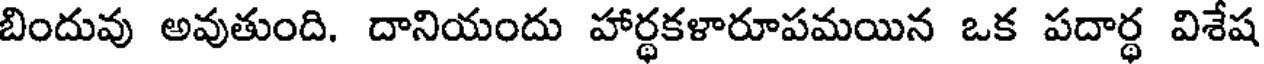
బిందువు అవుతుంది. దానియందు హార్ధకళారూపమయిన ఒక పదార్ధ విశేష